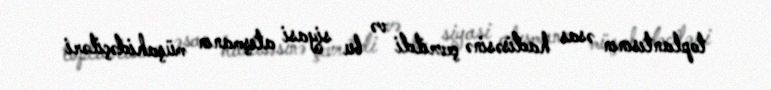
toplantısının əsas hadisəsinə çevrildi və bu siyasi atışmanın müşahidəçiləri